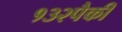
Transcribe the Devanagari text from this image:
१३२पैकी